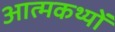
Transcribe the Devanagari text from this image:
आत्मकथ्यों